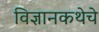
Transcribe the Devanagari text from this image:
विज्ञानकथेचे